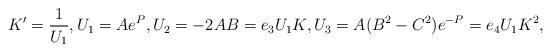
LaTeX: \begin{align*} K' = \frac1{U_1}, U_1 = Ae^P, U_2 = -2 AB = e_3 U_1 K , U_3 = A(B^2-C^2)e^{-P} = e_4 U_1 K^2 , \end{align*}